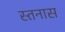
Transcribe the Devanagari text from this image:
स्तनास